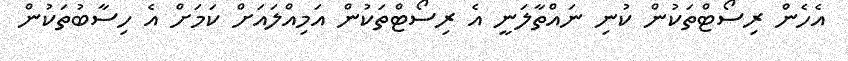
އެހެން ރިސޯޓްތަކުން ކުނި ނައްތާލަނީ އެ ރިސޯޓްތަކުން އަމިއްލައަށް ކަމަށް އެ ހިސާބުތަކުން